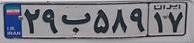
۲۹ب۵۸۹۱۷